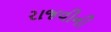
રાજવીની